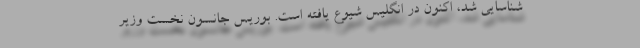
شناسایی شد، اکنون در انگلیس شیوع یافته است. بوریس جانسون نخست وزیر